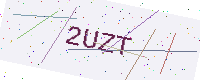
Text: 2UZT